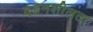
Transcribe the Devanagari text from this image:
दहनशीलता